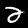
Label: 2